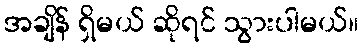
အချိန် ရှိမယ် ဆိုရင် သွားပါမယ်။